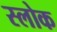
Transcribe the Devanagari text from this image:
स्लोक